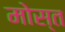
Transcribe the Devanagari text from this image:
मोस्त